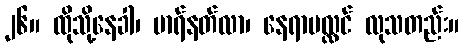
၂၆။ ထိုသို့နေခါ၊ မာရ်နတ်လာ၊ နေရာပလ္လင် လုသတည်း။